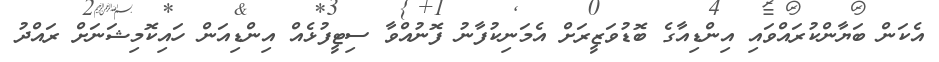
އެކަން ބަޔާންކުރައްވައި އިންޑިއާގެ ބޮޑުވަޒީރަށް އެމަނިކުފާނު ފޮނުއްވާ ސިޓީފުޅެއް އިންޑިއަން ހައިކޮމިޝަނަށް ރައްދު